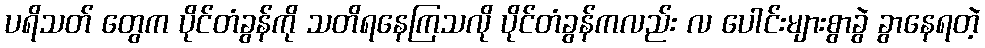
ပရိသတ် တွေက ပိုင်တံခွန်ကို သတိရနေကြသလို ပိုင်တံခွန်ကလည်း လ ပေါင်းများစွာခွဲ ခွာနေရတဲ့